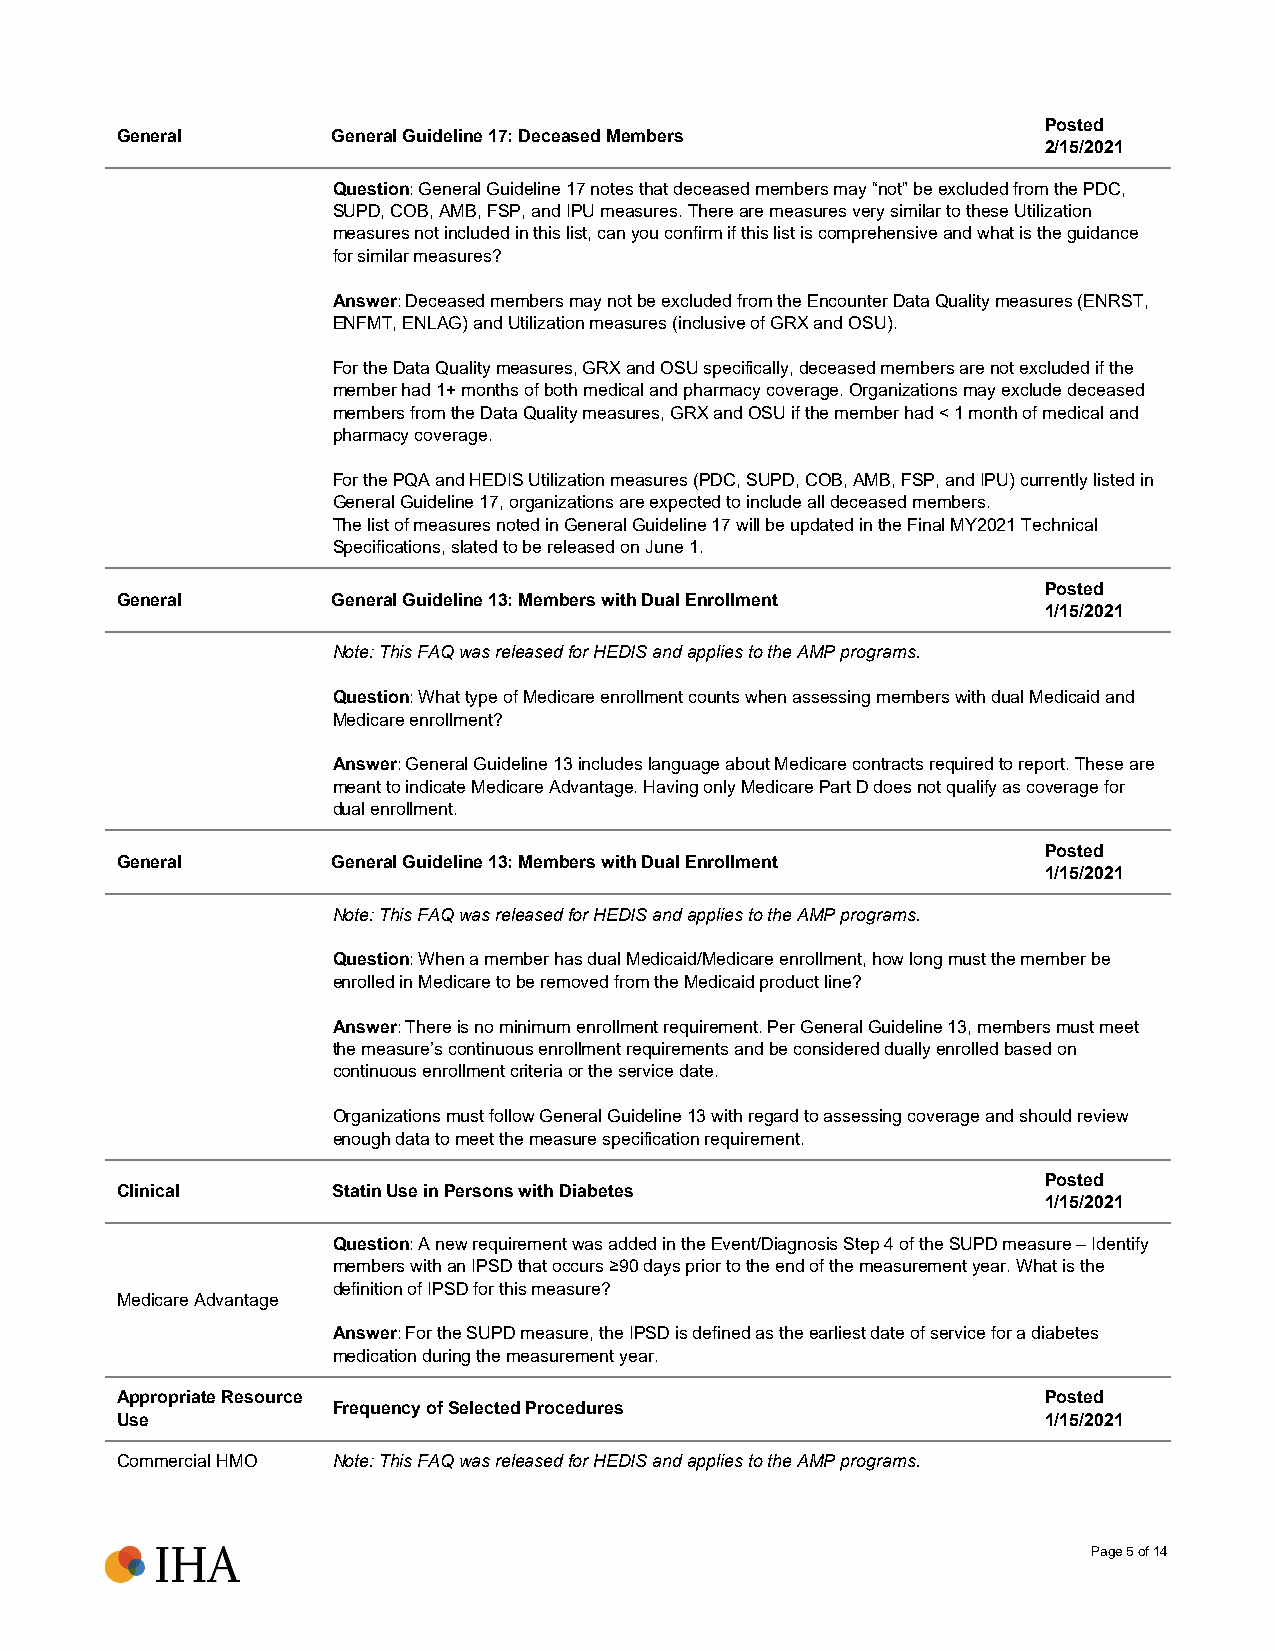
Posted
 General       General Guideline 17: Deceased Members
 2/15/2021
 Question: General Guideline 17 notes that deceased members may “not” be excluded from the PDC,
 SUPD, COB, AMB, FSP, and IPU measures. There are measures very similar to these Utilization
 measures not included in this list, can you confirm if this list is comprehensive and what is the guidance
 for similar measures?
 Answer: Deceased members may not be excluded from the Encounter Data Quality measures (ENRST,
 ENFMT, ENLAG) and Utilization measures (inclusive of GRX and OSU).
 For the Data Quality measures, GRX and OSU specifically, deceased members are not excluded if the
 member had 1+ months of both medical and pharmacy coverage. Organizations may exclude deceased
 members from the Data Quality measures, GRX and OSU if the member had < 1 month of medical and
 pharmacy coverage.
 For the PQA and HEDIS Utilization measures (PDC, SUPD, COB, AMB, FSP, and IPU) currently listed in
 General Guideline 17, organizations are expected to include all deceased members.
 The list of measures noted in General Guideline 17 will be updated in the Final MY2021 Technical
 Specifications, slated to be released on June 1.
 Posted
 General       General Guideline 13: Members with Dual Enrollment
 1/15/2021
 Note: This FAQ was released for HEDIS and applies to the AMP programs.
 Question: What type of Medicare enrollment counts when assessing members with dual Medicaid and
 Medicare enrollment?
 Answer: General Guideline 13 includes language about Medicare contracts required to report. These are
 meant to indicate Medicare Advantage. Having only Medicare Part D does not qualify as coverage for
 dual enrollment.
 Posted
 General       General Guideline 13: Members with Dual Enrollment
 1/15/2021
 Note: This FAQ was released for HEDIS and applies to the AMP programs.
 Question: When a member has dual Medicaid/Medicare enrollment, how long must the member be
 enrolled in Medicare to be removed from the Medicaid product line?
 Answer: There is no minimum enrollment requirement. Per General Guideline 13, members must meet
 the measure’s continuous enrollment requirements and be considered dually enrolled based on
 continuous enrollment criteria or the service date.
 Organizations must follow General Guideline 13 with regard to assessing coverage and should review
 enough data to meet the measure specification requirement.
 Posted
 Clinical      Statin Use in Persons with Diabetes
 1/15/2021
 Question: A new requirement was added in the Event/Diagnosis Step 4 of the SUPD measure – Identify
 members with an IPSD that occurs ≥90 days prior to the end of the measurement year. What is the
 definition of IPSD for this measure?
 Medicare Advantage
 Answer: For the SUPD measure, the IPSD is defined as the earliest date of service for a diabetes
 medication during the measurement year.
 Appropriate Resource                                         Posted
 Frequency of Selected Procedures
 Use                                                          1/15/2021
 Commercial HMO Note: This FAQ was released for HEDIS and applies to the AMP programs.
 Page 5 of 14